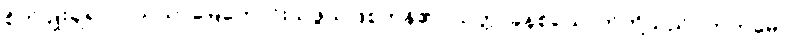
စိုက်ပျိုးချရာလယ်ယာမြေကောင်းသဖွယ်ဖြစ်ကုန်၏။ သတ္တ၊ ခုနစ်ယောက်တို့သည်။ ကတမေ၊